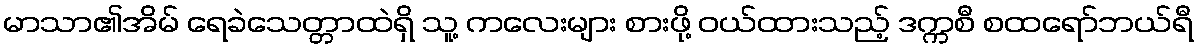
မာသာ၏အိမ် ရေခဲသေတ္တာထဲရှိ သူ့ ကလေးများ စားဖို့ ဝယ်ထားသည့် ဒက္ကစီ စထရော်ဘယ်ရီ